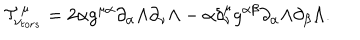
LaTeX: { \cal T } _ { \nu _ { t o r s } } ^ { \mu } = 2 \alpha g ^ { \mu \alpha } \partial _ { \alpha } \Lambda \partial _ { \nu } \Lambda - \alpha \delta _ { \nu } ^ { \mu } g ^ { \alpha \beta } \partial _ { \alpha } \Lambda \partial _ { \beta } \Lambda .